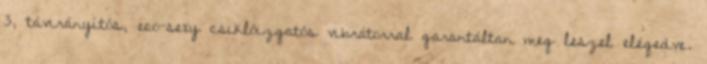
3, távirányítós, eco-sexy csiklóizgatós vibrátorral garantáltan meg leszel elégedve.